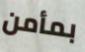
بمأمن